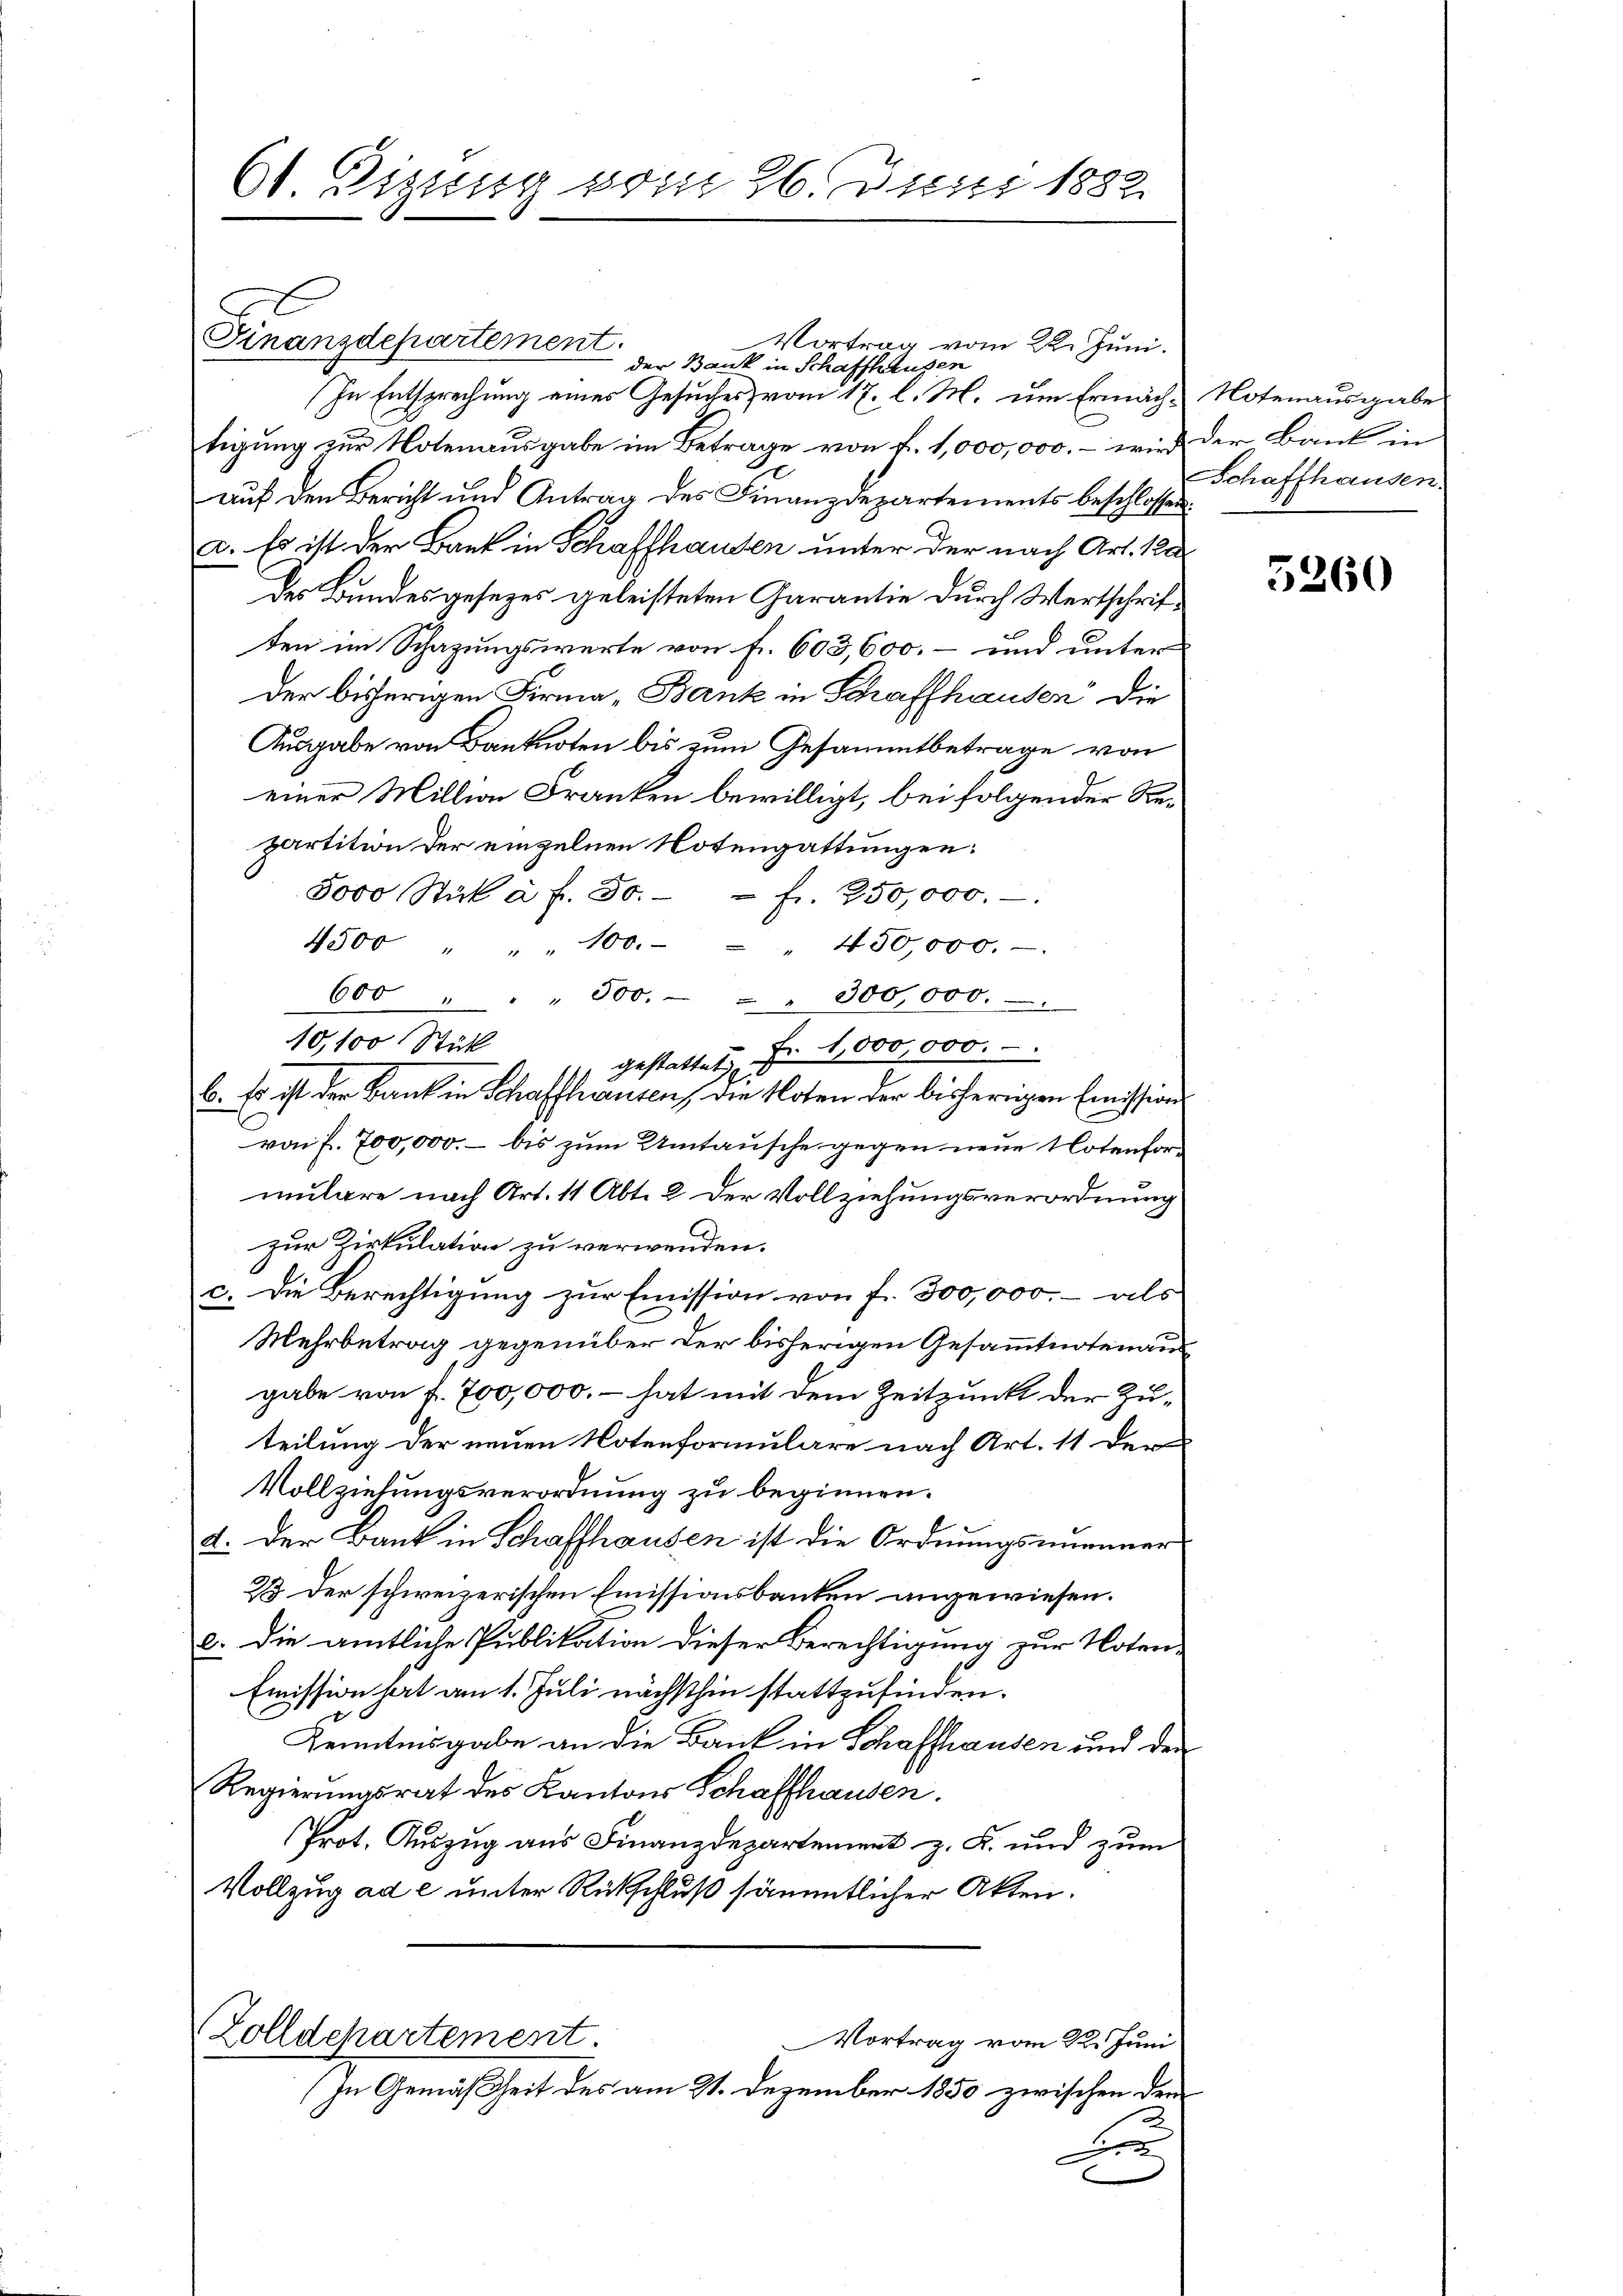
61. Dizung vom 26. Juni 1882

600 " " 300. 300 000.
10,100 Stück
b. Es ist der Bank in Schaffhausen, die Noten der bisherigen Emissions

Finanzdepartement.
Vortrag vom 22. Juni.
der Bank in Schaffhausen
In Entsprechung eines Gesuches vom 17. l. M. um Ernach Notenausgabe
tigung zur Notenausgabe im Betrage von f. 1,000,000.- wird der Bank in
auf den Bericht und Antrag des Finanzdepartements beschlossen
c. Es ist der Bank in Schaffhausen unter der nach Art. 122.
des Bundesgesezes geleisteten Garantie durch Wertschriften im Schazungswerte von fr. 603,600. – und unter
der bisherigen Firma „Bank in Schaffhausen die
Ausgabe von Banknoten bis zum Gesammtbetrage von
einer Million Franken bewilligt, bei folgender Repartition der einzelnen Notengattungen:
5000 Stück à f. 30. - fr. 250,000.-
4500 " " " 100.
" 450,000.
gestattet Fr. 1000,000.
von f. 700,000. – bis zum Umtausche gegen neue Notenformulare nach Art. 11 Abt. 2. Der Vollziehungsverordnung
zur Zirkulation zu verwenden.
c. Die Berechtigung zur Emission von fr. 300,000.- als
Mehrbetrag gegenüber der bisherigen Gesammtnotenaus
gabe von f. 700,000, – hat mit dem Zeitpunkt der Zuteilung der neuen Notenformulare nach Art. 11 der
Vollziehungsverordnung zu beginnen.
d. Der Bank in Schaffhausen ist die Ordnungsnummer
2 Der schweizerischen Emissionsbanken angewiesen.
e. Die amtliche Publikation dieser Berechtigung zur Noten-
Emission hat am 1. Juli nächsthin stattzufinden.
Kenntnisgabe an die Bank in Schaffhausen und der
Regierungsrat des Kantons Schaffhausen.
Prot. Auszug aus Finanzdepartement z. K. und zum
Vollzug ad e unter Rückschluß sämmtlicher Akten.
Zolldehartement.
Vortrag vom 22. Juni.
In Gemäßheit des am 21. Dezember 1850 zwischen dem
e

Schaffhausen.

5260